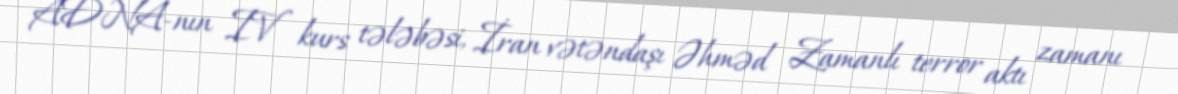
ADNA-nın IV kurs tələbəsi, İran vətəndaşı Əhməd Zamanlı terror aktı zamanı